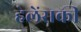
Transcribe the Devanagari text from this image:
हेलेंसकी